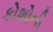
કોશોની